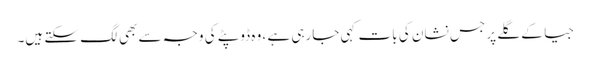
جیا کے گلے پر جس نشان کی بات کہی جارہی ہے ، وہ ڈوپٹے کی وجہ سے بھی لگ سکتے ہیں۔